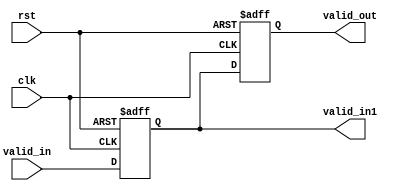
module control_Max4 (
    input valid_in, clk, rst,
    output reg valid_out, valid_in1 
  );

    always @(posedge clk or posedge rst) 
    begin
        if(rst)begin
            valid_in1 <= 1'd0;
            valid_out <= 1'd0;
        end
        else begin
            valid_in1 <= valid_in;
            valid_out <= valid_in1;
        end
    end        

endmodule